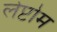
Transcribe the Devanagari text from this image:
लेप्टोम